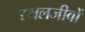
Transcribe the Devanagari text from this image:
स्थलजीवों